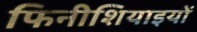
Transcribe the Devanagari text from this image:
फिनीशियाइयों